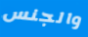
والجنس